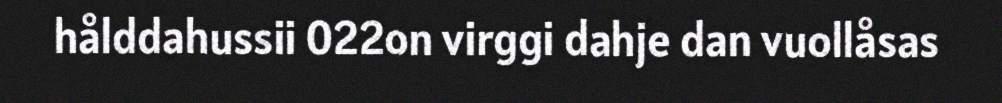
hålddahussii 022on virggi dahje dan vuollåsas